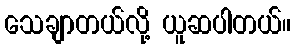
သေချာတယ်လို့ ယူဆပါတယ်။